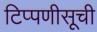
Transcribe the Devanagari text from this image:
टिप्पणीसूची